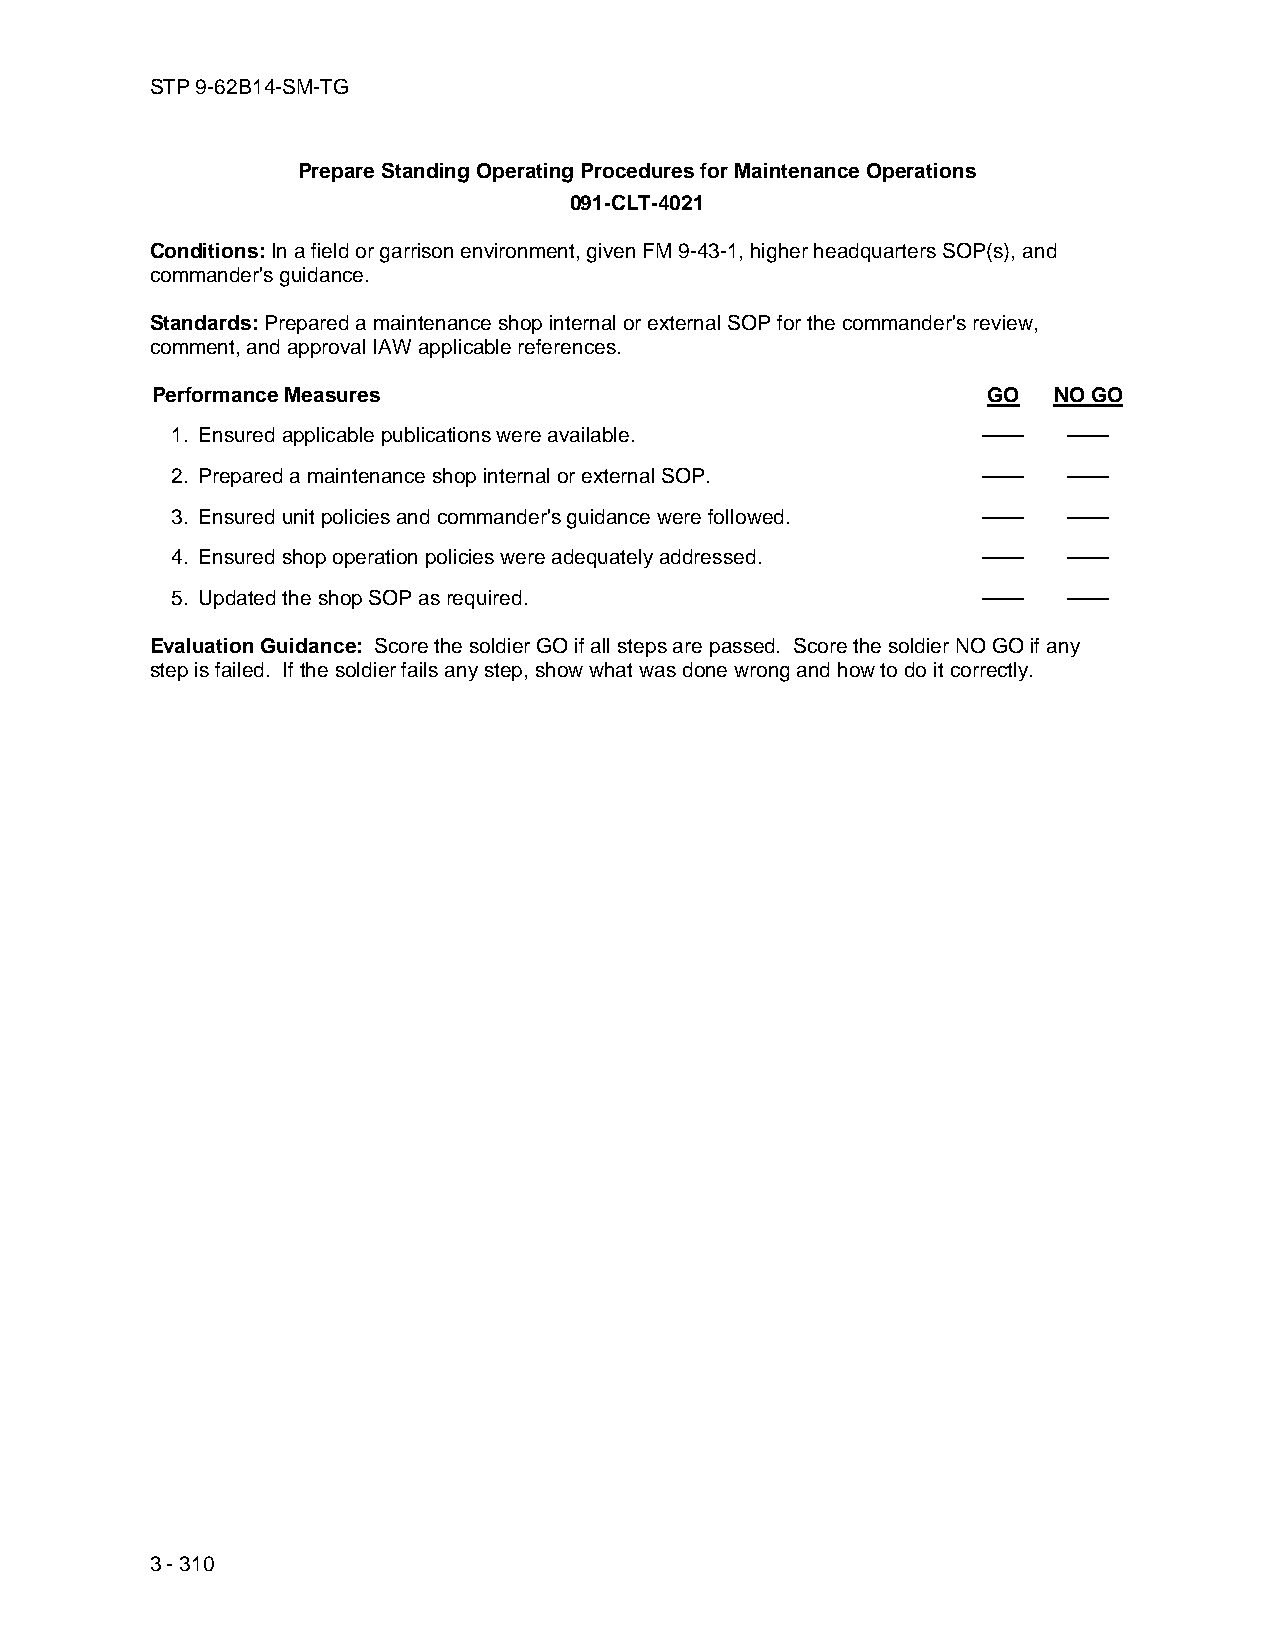
STP 9-62B14-SM-TG
 Prepare Standing Operating Procedures for Maintenance Operations
 091-CLT-4021
 Conditions: In a field or garrison environment, given FM 9-43-1, higher headquarters SOP(s), and
 commander's guidance.
 Standards: Prepared a maintenance shop internal or external SOP for the commander's review,
 comment, and approval IAW applicable references.
 Performance Measures                                   GO   NO GO
 1. Ensured applicable publications were available.    ——    ——
 2. Prepared a maintenance shop internal or external SOP. —— ——
 3. Ensured unit policies and commander's guidance were followed. —— ——
 4. Ensured shop operation policies were adequately addressed. —— ——
 5. Updated the shop SOP as required.                  ——    ——
 Evaluation Guidance: Score the soldier GO if all steps are passed. Score the soldier NO GO if any
 step is failed. If the soldier fails any step, show what was done wrong and how to do it correctly.
 3 - 310